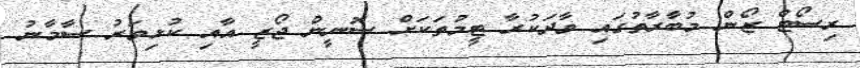
ރިސޯޓް ޒޯން މުބާރާތުގައި ވާދަކުރާ ޓީމުތަކަށް ސޮނީން ޖޯޒީ އާއި ކުޅިވަރު ސާމާނު